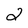
Character: 2